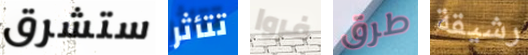
ستشرق تتأثر فروا طرق رشيقة